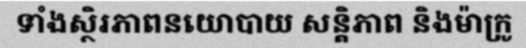
ទាំងស្ថិរភាពនយោបាយ សន្តិភាព និងម៉ាក្រូ